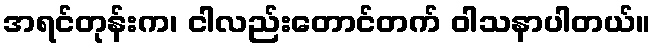
အရင်တုန်းက၊ ငါလည်းတောင်တက် ဝါသနာပါတယ်။